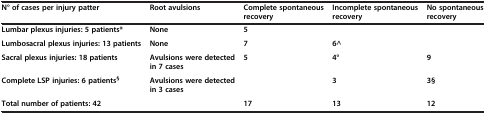
<table><thead><tr><td><b>N° of cases per injury patter</b></td><td><b>Root avulsions</b></td><td><b>Complete spontaneous recovery</b></td><td><b>Incomplete spontaneous recovery</b></td><td><b>No spontaneous recovery</b></td></tr></thead><tbody><tr><td><b>Lumbar plexus injuries: 5 patients*</b></td><td><b>None</b></td><td><b>5</b></td><td> </td><td> </td></tr><tr><td><b>Lumbosacral plexus injuries: 13 patients</b></td><td><b>None</b></td><td><b>7</b></td><td><b>6^</b></td><td> </td></tr><tr><td><b>Sacral plexus injuries: 18 patients</b></td><td><b>Avulsions were detected in 7 cases</b></td><td><b>5</b></td><td><b>4°</b></td><td><b>9</b></td></tr><tr><td><b>Complete LSP injuries: 6 patients</b><sup><b>§</b></sup></td><td><b>Avulsions were detected in 3 cases</b></td><td> </td><td><b>3</b></td><td><b>3§</b></td></tr><tr><td><b>Total number of patients: 42</b></td><td> </td><td><b>17</b></td><td><b>13</b></td><td><b>12</b></td></tr></tbody></table>